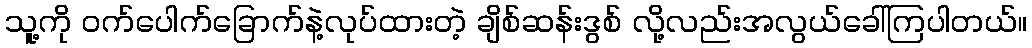
သူ့ကို ဝက်ပေါက်ခြောက်နဲ့လုပ်ထားတဲ့ ချိစ်ဆန်းဒွစ် လို့လည်းအလွယ်ခေါ်ကြပါတယ်။